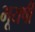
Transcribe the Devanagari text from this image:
भूयषी